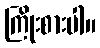
ကြိုးစားပါ။